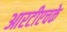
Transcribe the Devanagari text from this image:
आरटीएचके